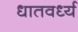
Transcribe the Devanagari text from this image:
धातवर्ध्य